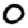
Digit: 0